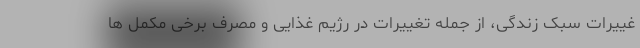
غییرات سبک زندگی، از جمله تغییرات در رژیم غذایی و مصرف برخی مکمل ها